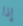
إذا